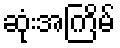
ဆုံးအကြိမ်